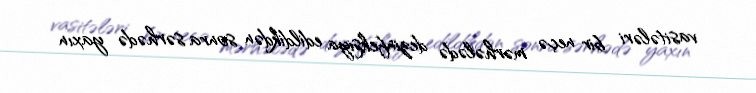
vasitələri bir neçə mərhələdə dezinfeksiya edildikdən sonra sərhədə yaxın